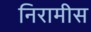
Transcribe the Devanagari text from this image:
निरामीस